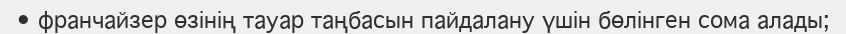
•	франчайзер өзінің тауар таңбасын пайдалану үшін бөлінген сома алады;